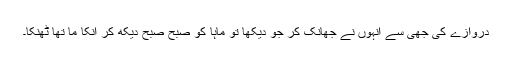
دروازے کی جھی سے انہوں نے جھانک کر جو دیکھا تو ماہا کو صبح صبح دیکھ کر انکا ما تھا ٹھنکا۔